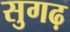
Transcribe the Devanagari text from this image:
सुगढ़